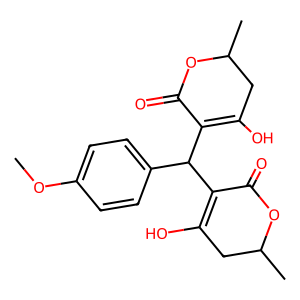
SMILES: COc1ccc(C(C2=C(O)CC(C)OC2=O)C2=C(O)CC(C)OC2=O)cc1
Inhibits HIV replication: No